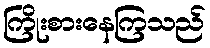
ကြိုးစားနေကြသည်